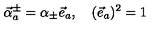
\vec { \alpha } _ { a } ^ { \pm } = \alpha _ { \pm } \vec { e } _ { a } , \quad ( \vec { e } _ { a } ) ^ { 2 } = 1